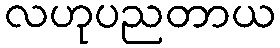
လဟုပညတာယ